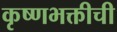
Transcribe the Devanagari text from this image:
कृष्णभक्तीची